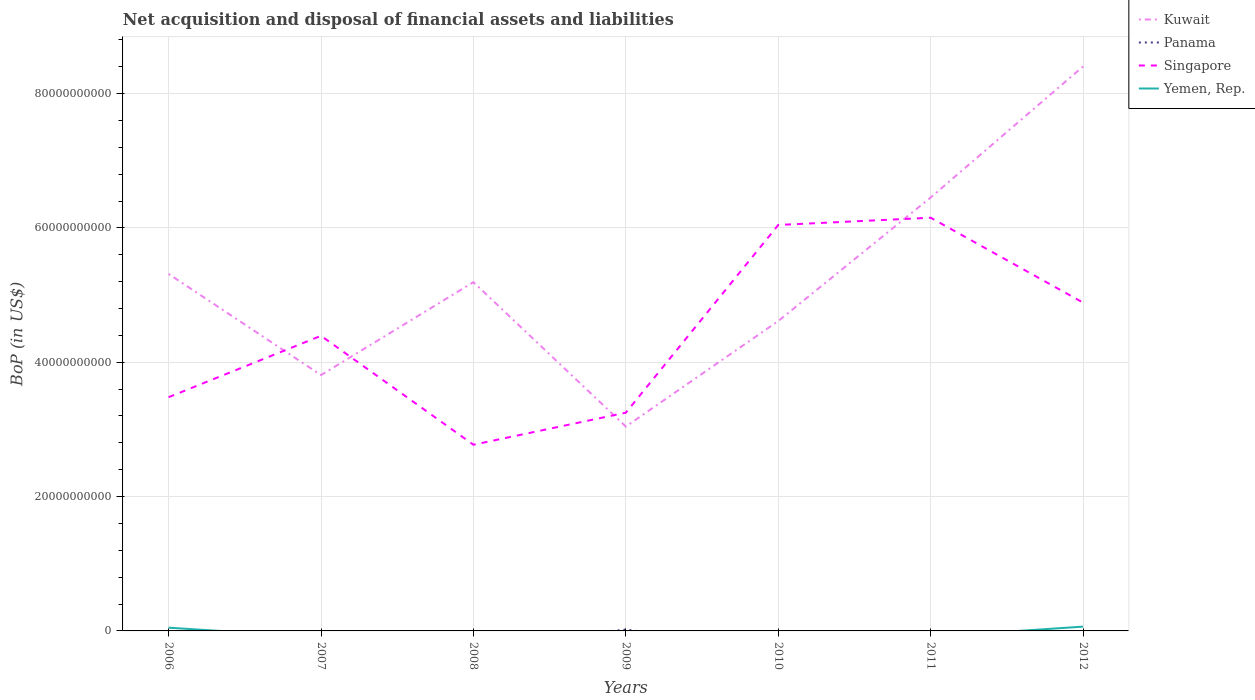
| Years | Kuwait | Panama | Singapore | Yemen, Rep. |
 | --- | --- | --- | --- | --- |
 | 2006 | 5.31e+10 | -2.92e+08 | 3.48e+10 | 4.81e+08 |
 | 2007 | 3.81e+10 | -1.84e+09 | 4.39e+10 | -9.47e+08 |
 | 2008 | 5.19e+10 | -2.13e+09 | 2.77e+10 | -1.18e+09 |
 | 2009 | 3.04e+10 | 2.02e+08 | 3.25e+10 | -9.4e+08 |
 | 2010 | 4.61e+10 | -2.8e+09 | 6.04e+10 | -8.46e+08 |
 | 2011 | 6.45e+10 | -4.86e+09 | 6.15e+10 | -8.71e+08 |
 | 2012 | 8.4e+10 | -3.22e+09 | 4.89e+10 | 6.41e+08 |